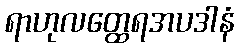
ရာဟုလတ္ထေရအပဒါနံ